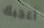
اعجبك